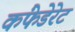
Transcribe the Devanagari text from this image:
कंफेडेरेट